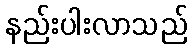
နည်းပါးလာသည်